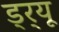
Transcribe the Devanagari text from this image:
ड्र्यू